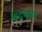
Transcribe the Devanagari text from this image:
बदनगर